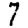
Digit: 7